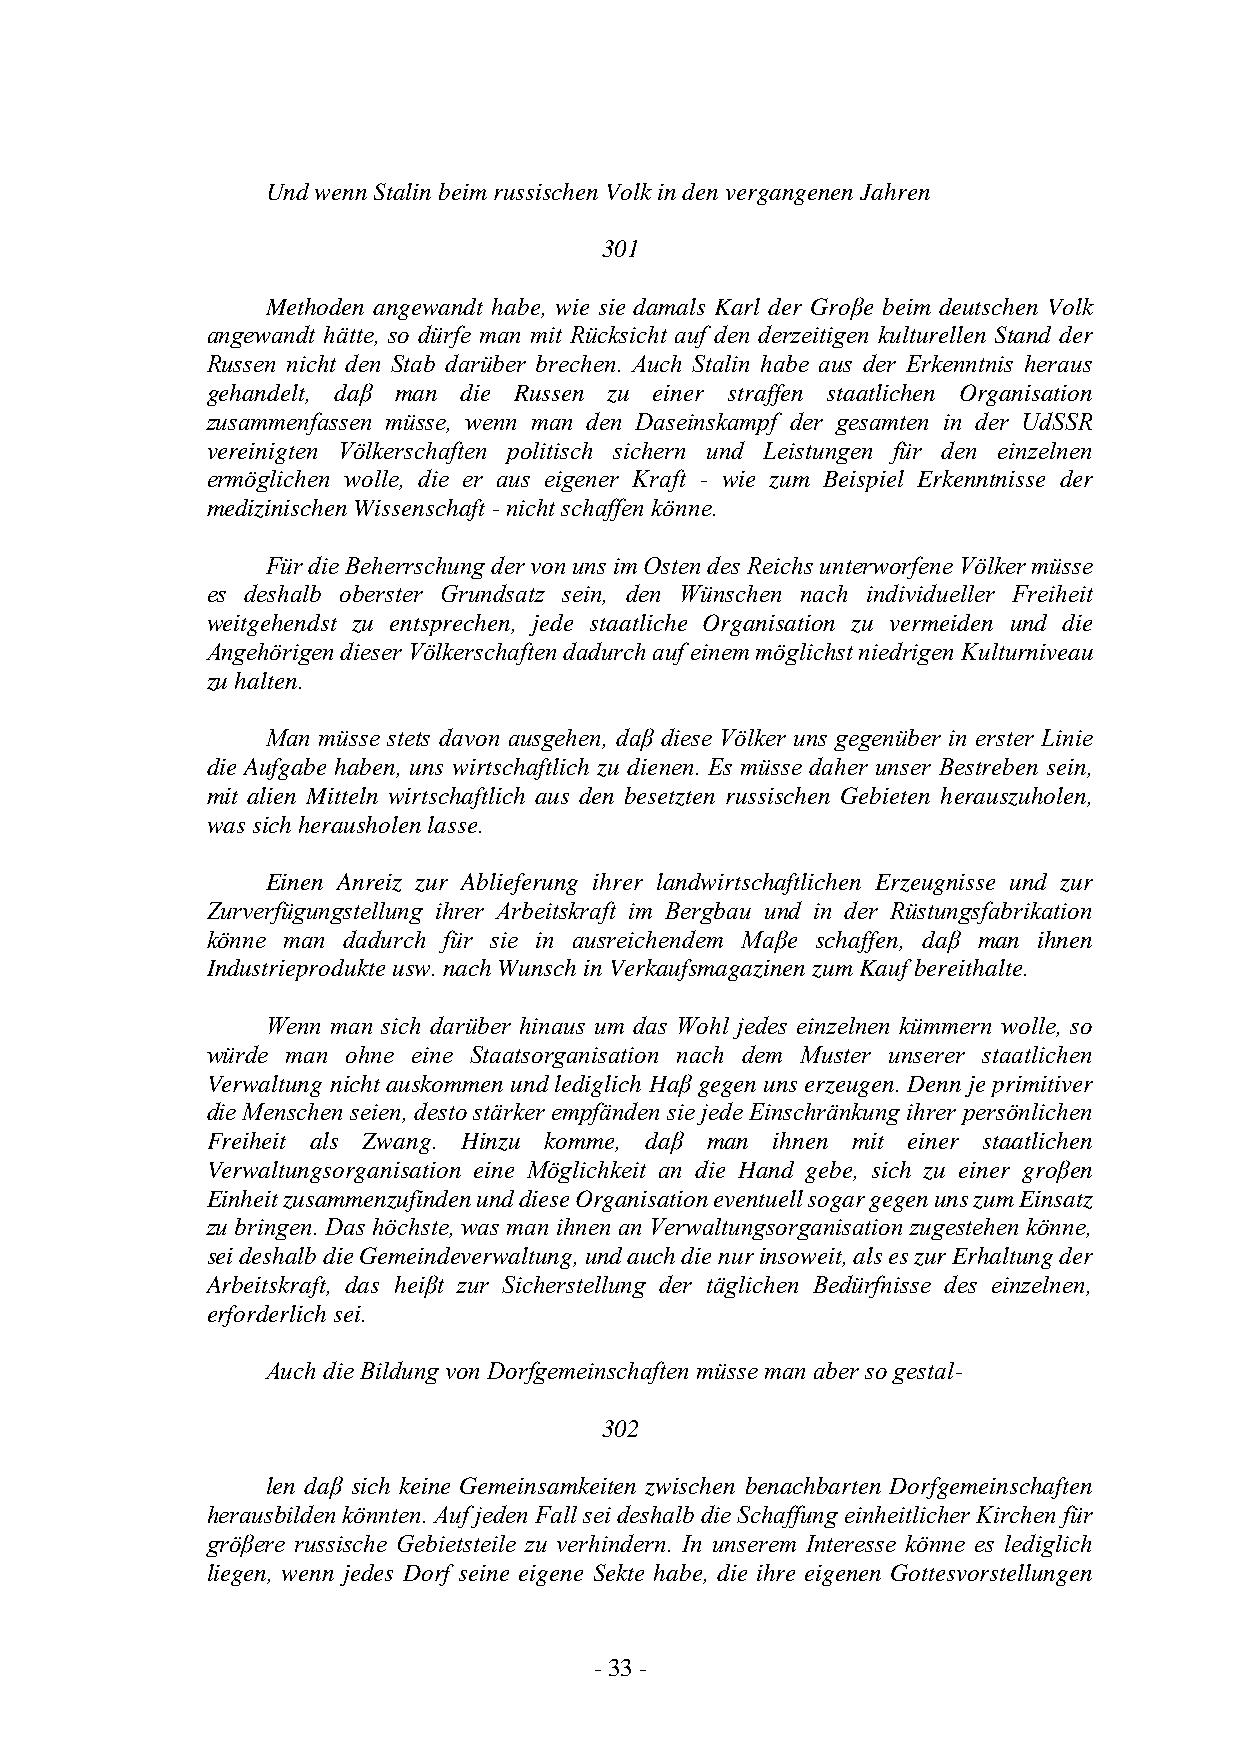
Und wenn Stalin beim russischen Volk in den vergangenen Jahren
 301
 Methoden angewandt habe, wie sie damals Karl der Groβe beim deutschen Volk
 angewandt hätte, so dürfe man mit Rücksicht auf den derzeitigen kulturellen Stand der
 Russen nicht den Stab darüber brechen. Auch Stalin habe aus der Erkenntnis heraus
 gehandelt, daβ man die Russen zu einer straffen staatlichen Organisation
 zusammenfassen müsse, wenn man den Daseinskampf der gesamten in der UdSSR
 vereinigten Völkerschaften politisch sichern und Leistungen für den einzelnen
 ermöglichen wolle, die er aus eigener Kraft - wie zum Beispiel Erkenntnisse der
 medizinischen Wissenschaft - nicht schaffen könne.
 Für die Beherrschung der von uns im Osten des Reichs unterworfene Völker müsse
 es deshalb oberster Grundsatz sein, den Wünschen nach individueller Freiheit
 weitgehendst zu entsprechen, jede staatliche Organisation zu vermeiden und die
 Angehörigen dieser Völkerschaften dadurch auf einem möglichst niedrigen Kulturniveau
 zu halten.
 Man müsse stets davon ausgehen, daβ diese Völker uns gegenüber in erster Linie
 die Aufgabe haben, uns wirtschaftlich zu dienen. Es müsse daher unser Bestreben sein,
 mit alien Mitteln wirtschaftlich aus den besetzten russischen Gebieten herauszuholen,
 was sich herausholen lasse.
 Einen Anreiz zur Ablieferung ihrer landwirtschaftlichen Erzeugnisse und zur
 Zurverfügungstellung ihrer Arbeitskraft im Bergbau und in der Rüstungsfabrikation
 könne man dadurch für sie in ausreichendem Maβe schaffen, daβ man ihnen
 Industrieprodukte usw. nach Wunsch in Verkaufsmagazinen zum Kauf bereithalte.
 Wenn man sich darüber hinaus um das Wohl jedes einzelnen kümmern wolle, so
 würde man ohne eine Staatsorganisation nach dem Muster unserer staatlichen
 Verwaltung nicht auskommen und lediglich Haβ gegen uns erzeugen. Denn je primitiver
 die Menschen seien, desto stärker empfänden sie jede Einschränkung ihrer persönlichen
 Freiheit als Zwang. Hinzu komme, daβ man ihnen mit einer staatlichen
 Verwaltungsorganisation eine Möglichkeit an die Hand gebe, sich zu einer groβen
 Einheit zusammenzufinden und diese Organisation eventuell sogar gegen uns zum Einsatz
 zu bringen. Das höchste, was man ihnen an Verwaltungsorganisation zugestehen könne,
 sei deshalb die Gemeindeverwaltung, und auch die nur insoweit, als es zur Erhaltung der
 Arbeitskraft, das heiβt zur Sicherstellung der täglichen Bedürfnisse des einzelnen,
 erforderlich sei.
 Auch die Bildung von Dorfgemeinschaften müsse man aber so gestal-
 302
 len daβ sich keine Gemeinsamkeiten zwischen benachbarten Dorfgemeinschaften
 herausbilden könnten. Auf jeden Fall sei deshalb die Schaffung einheitlicher Kirchen für
 gröβere russische Gebietsteile zu verhindern. In unserem Interesse könne es lediglich
 liegen, wenn jedes Dorf seine eigene Sekte habe, die ihre eigenen Gottesvorstellungen
 - 33 -